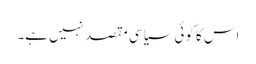
اس کا کوئی سیاسی مقصد نہیں ہے۔